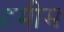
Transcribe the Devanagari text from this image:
हमीम